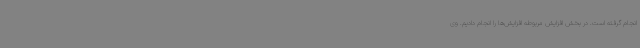
انجام گرفته است. در بخش افزایش مربوطه افزایش‌ها را انجام دادیم. وی